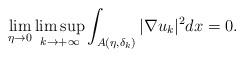
LaTeX: \begin{align*}\lim_{\eta\rightarrow 0}\limsup_{k\rightarrow +\infty}\int_{A(\eta,\delta_k)}|\nabla u_k|^2dx =0.\end{align*}